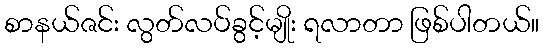
စာနယ်ဇင်း လွတ်လပ်ခွင့်မျိုး ရလာတာ ဖြစ်ပါတယ်။